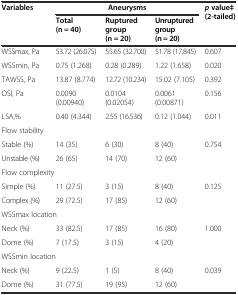
| <ROWSPAN=2> Variables | <COLSPAN=3> Aneurysms | <ROWSPAN=2> pvalue‡ (2-tailed) |
 | Total (n = 40) | Ruptured group (n = 20) | Unruptured group (n = 20) |
 | --- | --- | --- | --- | --- |
 | WSSmax, Pa | 53.72 (26.075) | 55.65 (32.700) | 51.78 (17.845) | 0.607 |
 | WSSmin, Pa | 0.75 (1.268) | 0.28 (0.289) | 1.22 (1.658) | 0.020 |
 | TAWSS, Pa | 13.87 (8.774) | 12.72 (10.234) | 15.02 (7.105) | 0.392 |
 | OSI, Pa | 0.0090 (0.00940) | 0.0104 (0.02054) | 0.0061 (0.00871) | 0.156 |
 | LSA,% | 0.40 (4.344) | 2.55 (16.536) | 0.12 (1.044) | 0.011 |
 | <COLSPAN=5> Flow stability |
 | Stable (%) | 14 (35) | 6 (30) | 8 (40) | 0.754 |
 | Unstable (%) | 26 (65) | 14 (70) | 12 (60) |  |
 | <COLSPAN=5> Flow complexity |
 | Simple (%) | 11 (27.5) | 3 (15) | 8 (40) | 0.125 |
 | Complex (%) | 29 (72.5) | 17 (85) | 12 (60) |  |
 | <COLSPAN=2> WSSmax location |  |  |  |
 | Neck (%) | 33 (82.5) | 17 (85) | 16 (80) | 1.000 |
 | Dome (%) | 7 (17.5) | 3 (15) | 4 (20) |  |
 | <COLSPAN=2> WSSmin location |  |  |  |
 | Neck (%) | 9 (22.5) | 1 (5) | 8 (40) | 0.039 |
 | Dome (%) | 31 (77.5) | 19 (95) | 12 (60) |  |